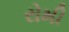
રોમી